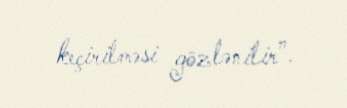
keçirilməsi gözlənilir”.